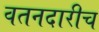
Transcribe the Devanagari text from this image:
वतनदारीच